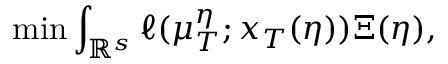
\operatorname* { m i n } \int _ { \mathbb { R } ^ { s } } \ell ( \mu _ { T } ^ { \eta } ; x _ { T } ( \eta ) ) \d \Xi ( \eta ) ,